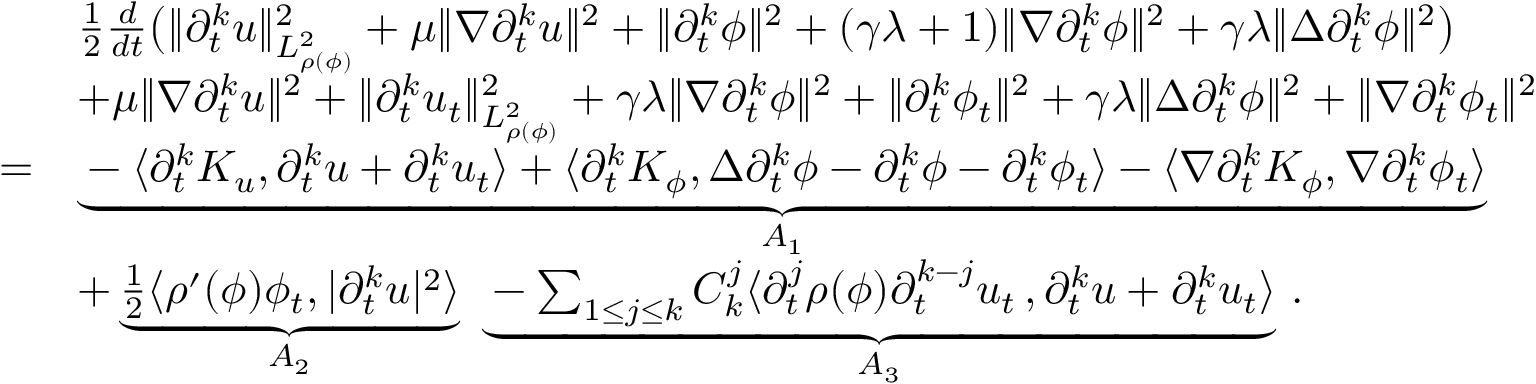
\begin{array} { r l } & { \frac { 1 } { 2 } \frac { d } { d t } \big ( \| \partial _ { t } ^ { k } u \| _ { L _ { \rho ( \phi ) } ^ { 2 } } ^ { 2 } + \mu \| \nabla \partial _ { t } ^ { k } u \| ^ { 2 } + \| \partial _ { t } ^ { k } \phi \| ^ { 2 } + ( \gamma \lambda + 1 ) \| \nabla \partial _ { t } ^ { k } \phi \| ^ { 2 } + \gamma \lambda \| \Delta \partial _ { t } ^ { k } \phi \| ^ { 2 } \big ) } \\ & { + \mu \| \nabla \partial _ { t } ^ { k } u \| ^ { 2 } + \| \partial _ { t } ^ { k } u _ { t } \| _ { L _ { \rho ( \phi ) } ^ { 2 } } ^ { 2 } + \gamma \lambda \| \nabla \partial _ { t } ^ { k } \phi \| ^ { 2 } + \| \partial _ { t } ^ { k } \phi _ { t } \| ^ { 2 } + \gamma \lambda \| \Delta \partial _ { t } ^ { k } \phi \| ^ { 2 } + \| \nabla \partial _ { t } ^ { k } \phi _ { t } \| ^ { 2 } } \\ { = } & { \underbrace { - \langle \partial _ { t } ^ { k } K _ { u } , \partial _ { t } ^ { k } u + \partial _ { t } ^ { k } u _ { t } \rangle + \langle \partial _ { t } ^ { k } K _ { \phi } , \Delta \partial _ { t } ^ { k } \phi - \partial _ { t } ^ { k } \phi - \partial _ { t } ^ { k } \phi _ { t } \rangle - \langle \nabla \partial _ { t } ^ { k } K _ { \phi } , \nabla \partial _ { t } ^ { k } \phi _ { t } \rangle } _ { A _ { 1 } } } \\ & { + \underbrace { \frac { 1 } { 2 } \langle \rho ^ { \prime } ( \phi ) \phi _ { t } , | \partial _ { t } ^ { k } u | ^ { 2 } \rangle } _ { A _ { 2 } } \ \underbrace { - \sum _ { 1 \leq j \leq k } C _ { k } ^ { j } \langle \partial _ { t } ^ { j } \rho ( \phi ) \partial _ { t } ^ { k - j } u _ { t } \, , \partial _ { t } ^ { k } u + \partial _ { t } ^ { k } u _ { t } \rangle } _ { A _ { 3 } } \, . } \end{array}